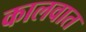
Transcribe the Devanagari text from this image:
कालवात